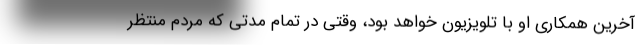
آخرین همکاری او با تلویزیون خواهد بود، وقتی در تمام مدتی که مردم منتظر